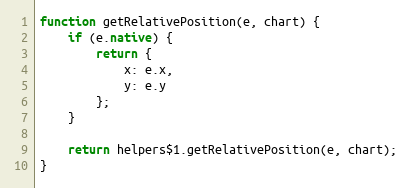
Language: JavaScript
function getRelativePosition(e, chart) {
	if (e.native) {
		return {
			x: e.x,
			y: e.y
		};
	}

	return helpers$1.getRelativePosition(e, chart);
}